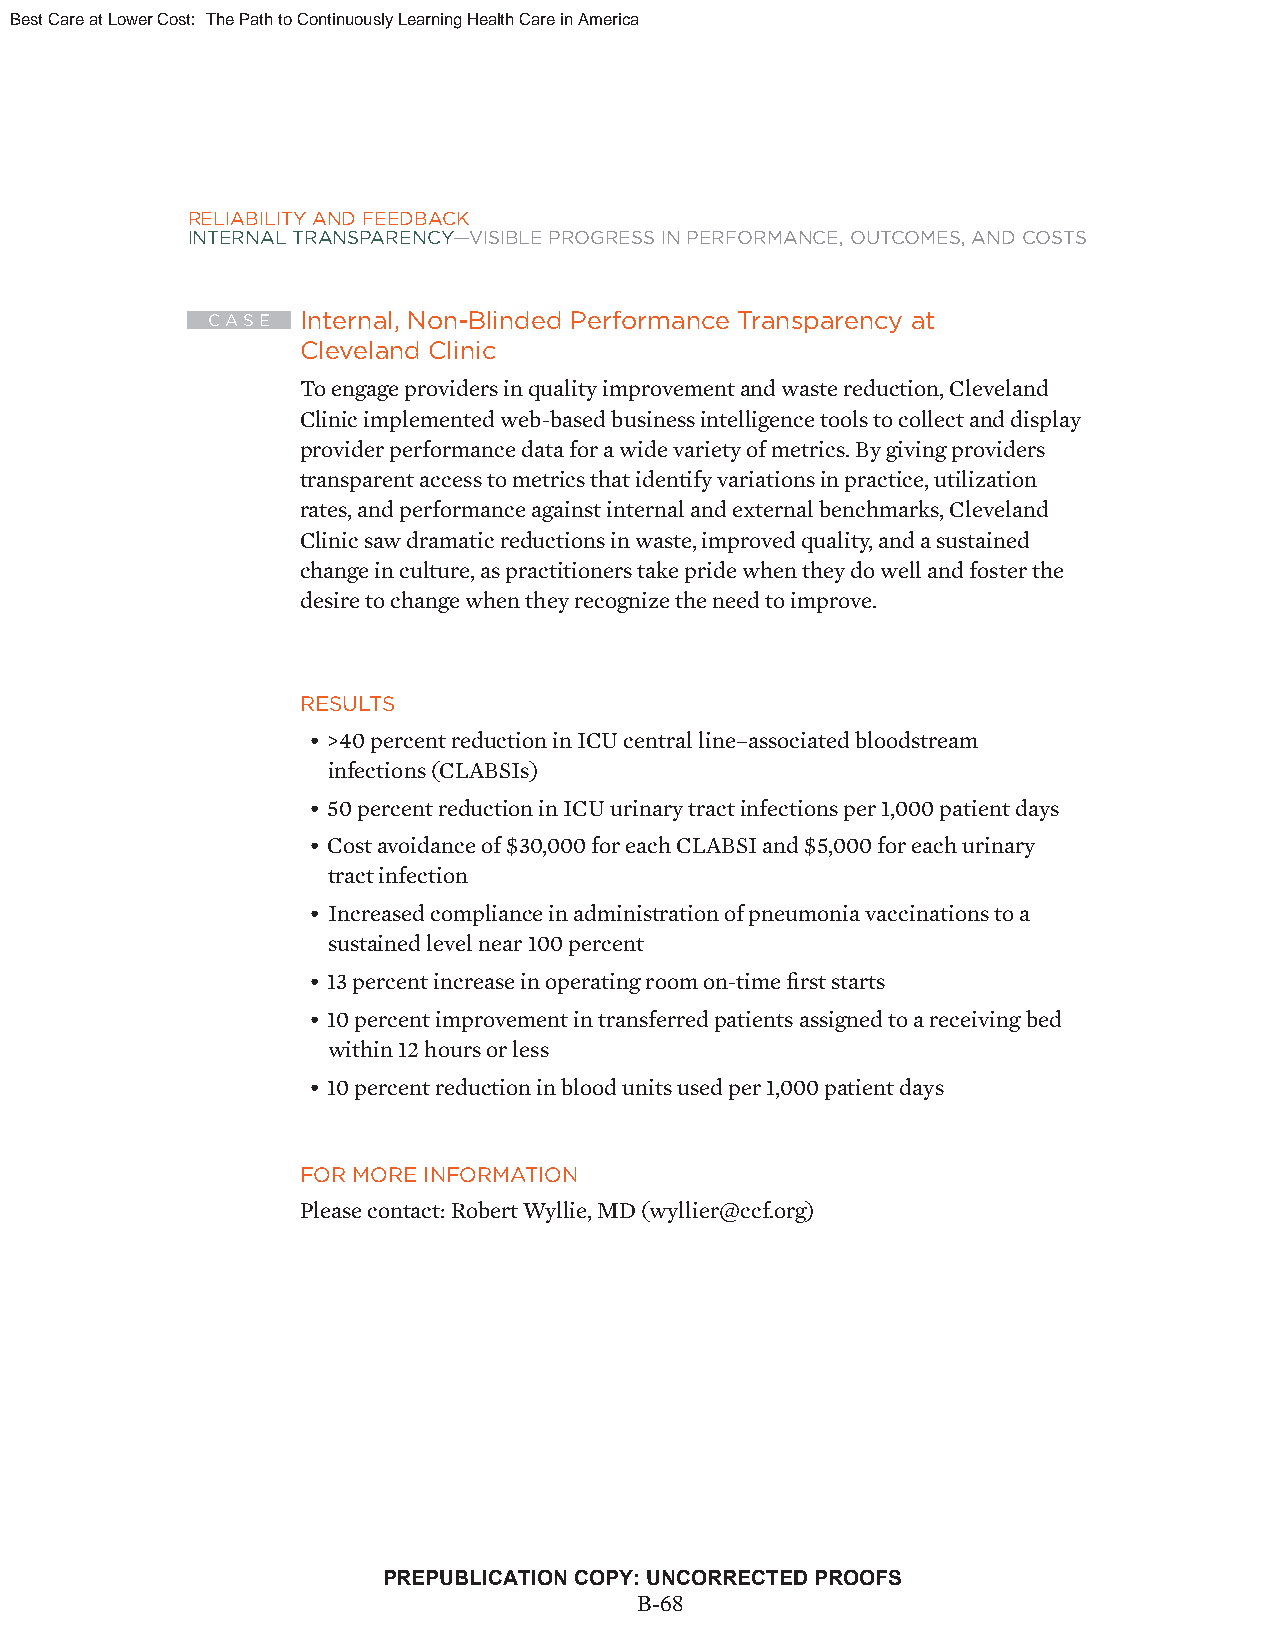
Best Care at Lower Cost: The Path to Continuously Learning Health Care in America
 RELIABILITY AND FEEDBACK
 INTERNAL TRANSPARENCY—VISIBLE PROGRESS IN PERFORMANCE, OUTCOMES, AND COSTS
 C A S E Internal, Non-Blinded Performance Transparency at
 Cleveland Clinic
 To engage providers in quality improvement and waste reduction, Cleveland
 Clinic implemented web-based business intelligence tools to collect and display
 provider performance data for a wide variety of metrics. By giving providers
 transparent access to metrics that identify variations in practice, utilization
 rates, and performance against internal and external benchmarks, Cleveland
 Clinic saw dramatic reductions in waste, improved quality, and a sustained
 change in culture, as practitioners take pride when they do well and foster the
 desire to change when they recognize the need to improve.
 RESULTS
 • >40 percent reduction in ICU central line–associated bloodstream
 infections (CLABSIs)
 • 50 percent reduction in ICU urinary tract infections per 1,000 patient days
 • Cost avoidance of $30,000 for each CLABSI and $5,000 for each urinary
 tract infection
 • Increased compliance in administration of pneumonia vaccinations to a
 sustained level near 100 percent
 • 13 percent increase in operating room on-time fi rst starts
 • 10 percent improvement in transferred patients assigned to a receiving bed
 within 12 hours or less
 • 10 percent reduction in blood units used per 1,000 patient days
 FOR MORE INFORMATION
 Please contact: Robert Wyllie, MD (wyllier@ccf.org)
 PREPUBLICATION COPY: UNCORRECTED PROOFS
 x x xBv-i68
 Copyright © National Academy of Sciences. All rights reserved.